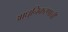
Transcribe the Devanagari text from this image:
आधुनिकरणाची